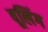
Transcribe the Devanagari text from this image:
वूलिंग